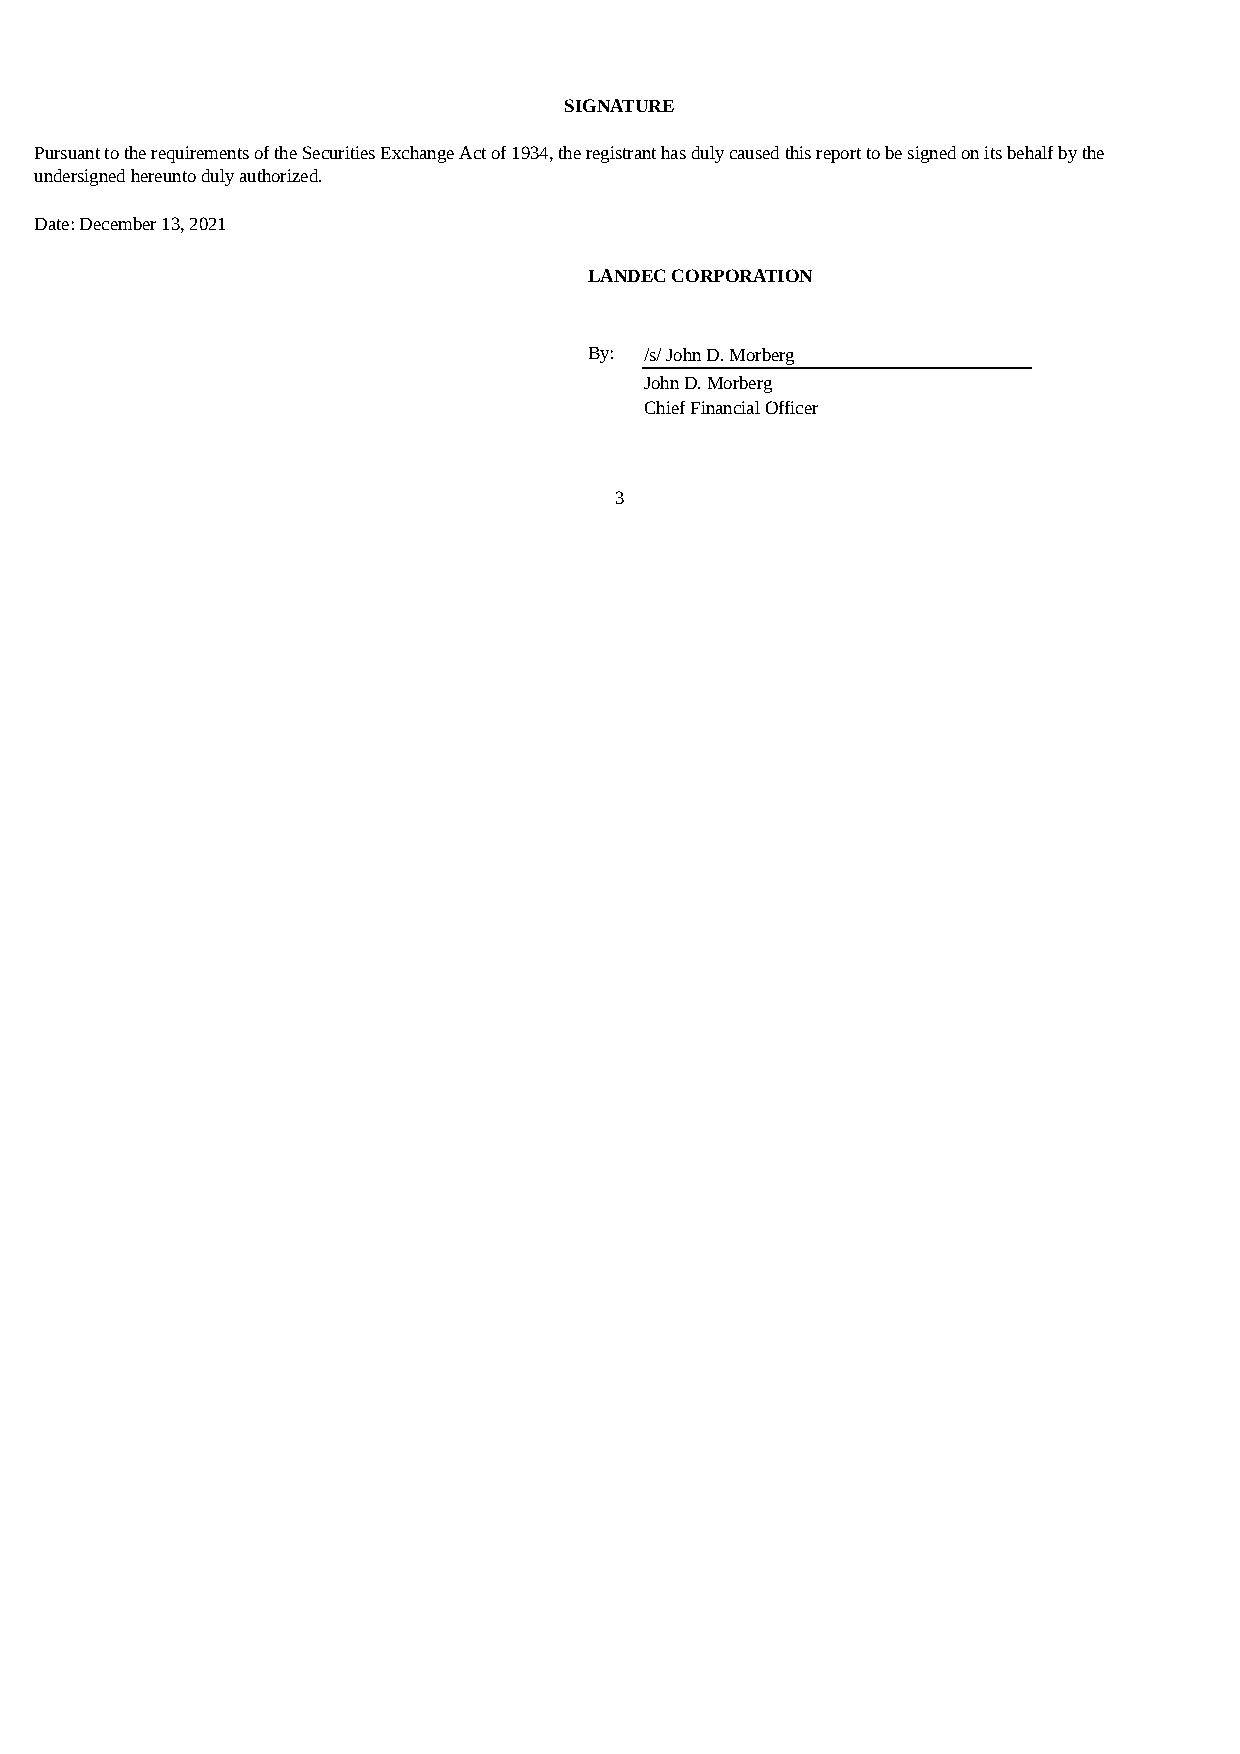
SIGNATURE
 Pursuant to the requirements of the Securities Exchange Act of 1934, the registrant has duly caused this report to be signed on its behalf by the
 undersigned hereunto duly authorized.
 Date: December 13, 2021
 LANDEC CORPORATION
 By: /s/ John D. Morberg
 John D. Morberg
 Chief Financial Officer
 3